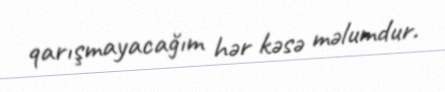
qarışmayacağım hər kəsə məlumdur.